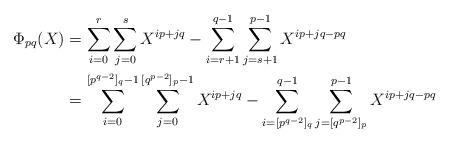
LaTeX: \begin{align*} \Phi_{pq}(X) &= \sum_{i=0}^{r}\sum_{j=0}^{s}X^{ip+jq} - \sum_{i=r+1}^{q-1}\sum_{j=s+1}^{p-1}X^{ip+jq-pq}\\ &= \sum_{i=0}^{ [p^{q-2}]_q- 1}\sum_{j=0}^{[q^{p-2}]_p- 1}X^{ip+jq} - \sum_{i= [p^{q-2}]_q}^{q-1}\sum_{j=[q^{p-2}]_p}^{p-1}X^{ip+jq-pq} \end{align*}